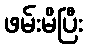
ဖမ်းမိပြီး